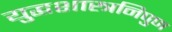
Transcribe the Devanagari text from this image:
युद्धशास्त्रनिपुण